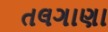
તલગાણા